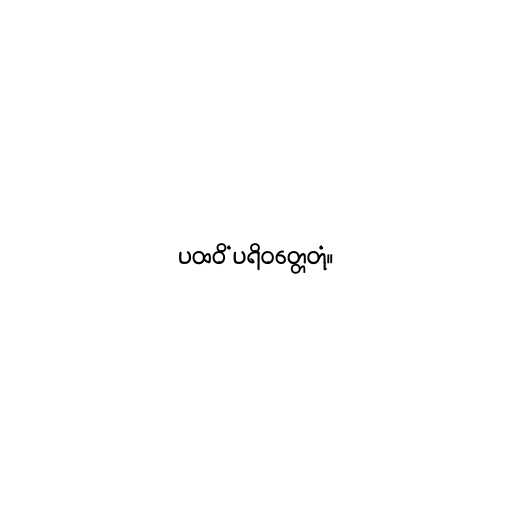
ပထဝိံ ပရိဝတ္တေတုံ။